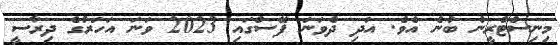
މިނިސްޓްރީން ބުނެ އެވެ. އަދި ދެވަނަ ފޭސްގައި 2023 ވަނަ އަހަރުގެ ދިރާސީ